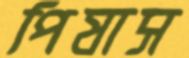
পিষাস